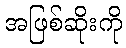
အဖြစ်ဆိုးကို